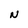
Character: N